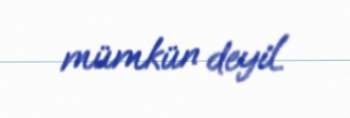
mümkün deyil.